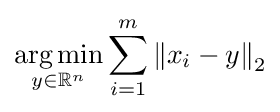
{\underset {y\in \mathbb {R} ^{n}}{\operatorname {arg\,min} }}\sum _{i=1}^{m}\left\|x_{i}-y\right\|_{2}